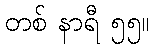
တစ် နာရီ ၅၅။